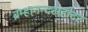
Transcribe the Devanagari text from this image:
ब्रम्हानन्दसहोदर